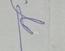
Signature authenticity: genuine